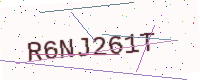
Text: R6NJ261T